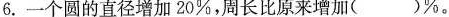
6.一个圆的直径增加20\%，周长比原来增加( )\%。